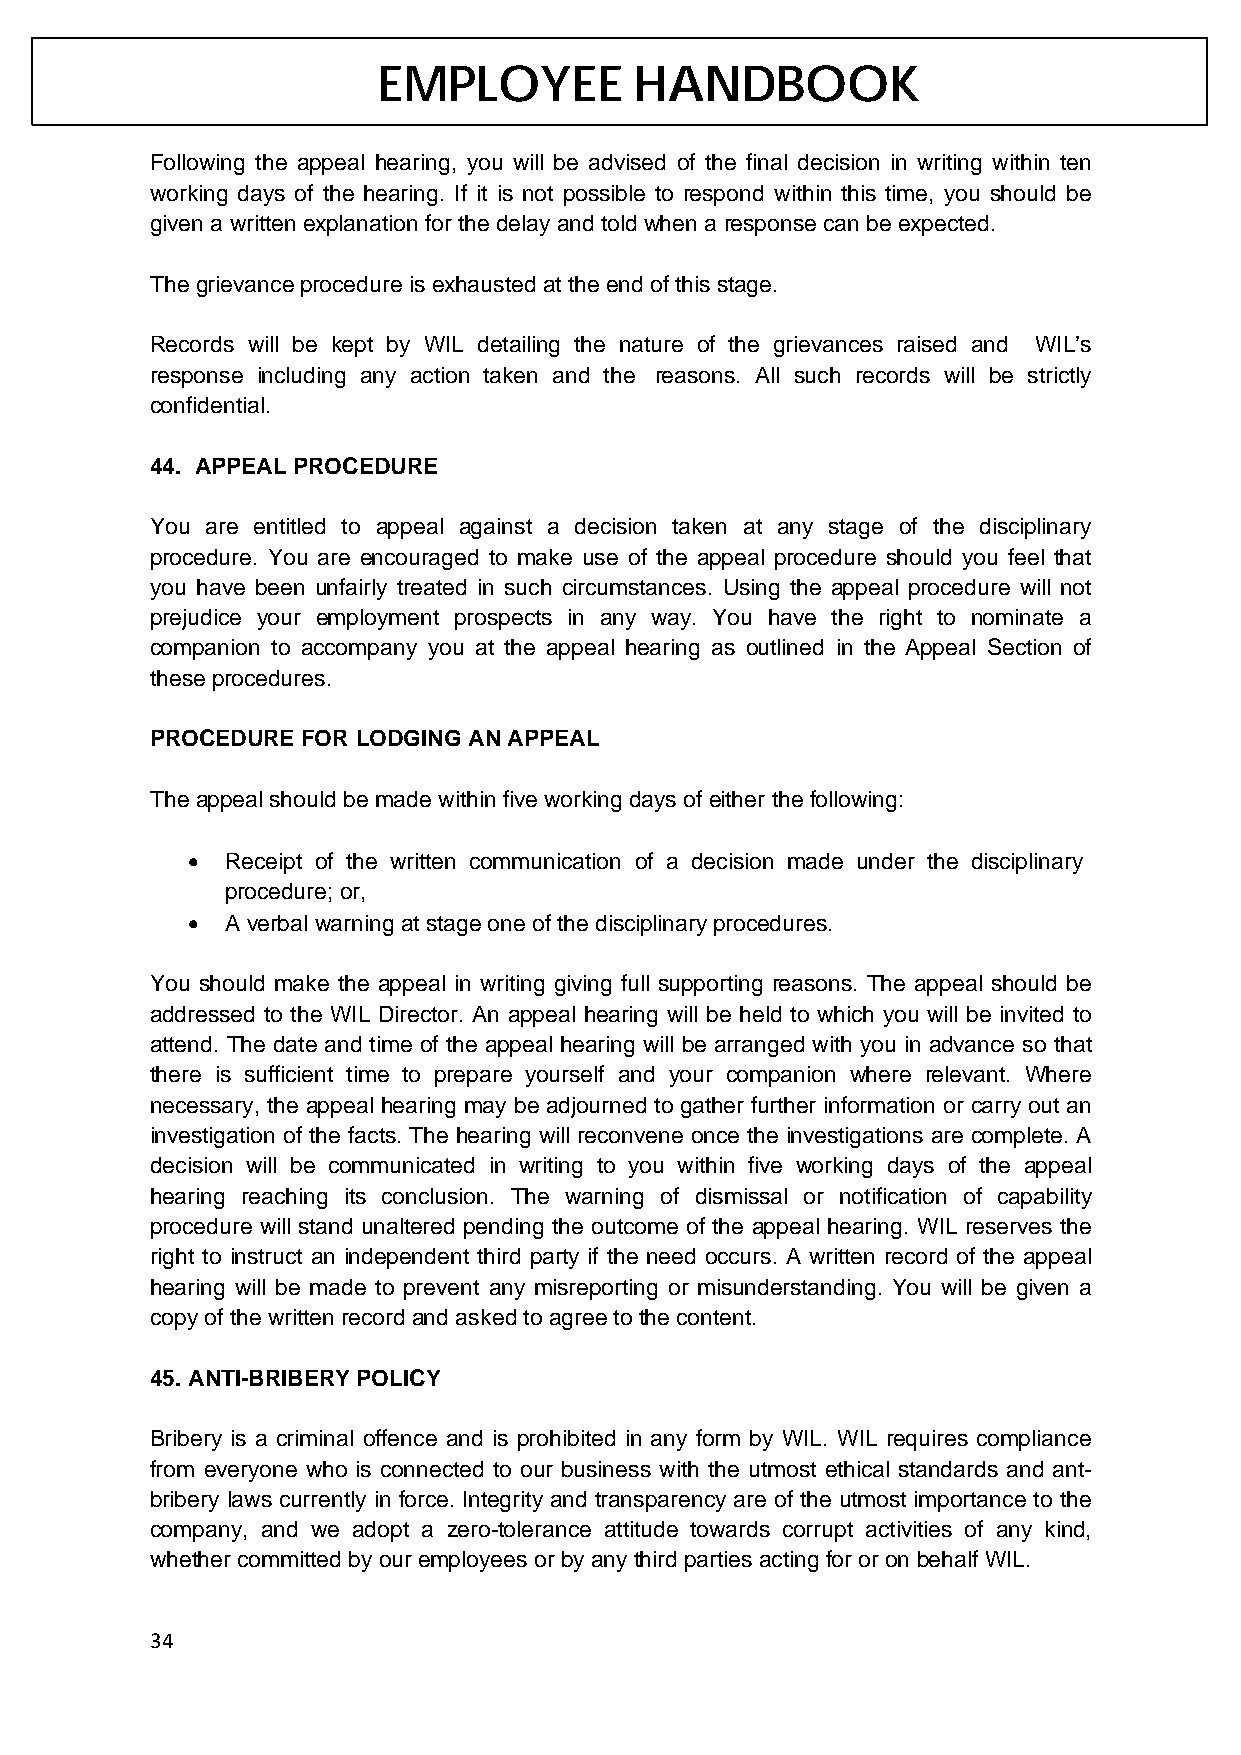
EMPLOYEE         HANDBOOK
 Following the appeal hearing, you will be advised of the final decision in writing within ten
 working days of the hearing. If it is not possible to respond within this time, you should be
 given a written explanation for the delay and told when a response can be expected.
 The grievance procedure is exhausted at the end of this stage.
 Records will be kept by WIL detailing the nature of the grievances raised and WIL’s
 response including any action taken and the reasons. All such records will be strictly
 confidential.
 44. APPEAL PROCEDURE
 You are entitled to appeal against a decision taken at any stage of the disciplinary
 procedure. You are encouraged to make use of the appeal procedure should you feel that
 you have been unfairly treated in such circumstances. Using the appeal procedure will not
 prejudice your employment prospects in any way. You have the right to nominate a
 companion to accompany you at the appeal hearing as outlined in the Appeal Section of
 these procedures.
 PROCEDURE FOR LODGING AN APPEAL
 The appeal should be made within five working days of either the following:
 •  Receipt of the written communication of a decision made under the disciplinary
 procedure; or,
 •  A verbal warning at stage one of the disciplinary procedures.
 You should make the appeal in writing giving full supporting reasons. The appeal should be
 addressed to the WIL Director. An appeal hearing will be held to which you will be invited to
 attend. The date and time of the appeal hearing will be arranged with you in advance so that
 there is sufficient time to prepare yourself and your companion where relevant. Where
 necessary, the appeal hearing may be adjourned to gather further information or carry out an
 investigation of the facts. The hearing will reconvene once the investigations are complete. A
 decision will be communicated in writing to you within five working days of the appeal
 hearing reaching its conclusion. The warning of dismissal or notification of capability
 procedure will stand unaltered pending the outcome of the appeal hearing. WIL reserves the
 right to instruct an independent third party if the need occurs. A written record of the appeal
 hearing will be made to prevent any misreporting or misunderstanding. You will be given a
 copy of the written record and asked to agree to the content.
 45. ANTI-BRIBERY POLICY
 Bribery is a criminal offence and is prohibited in any form by WIL. WIL requires compliance
 from everyone who is connected to our business with the utmost ethical standards and ant-
 bribery laws currently in force. Integrity and transparency are of the utmost importance to the
 company, and we adopt a zero-tolerance attitude towards corrupt activities of any kind,
 whether committed by our employees or by any third parties acting for or on behalf WIL.
 34